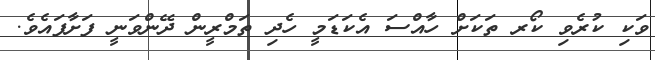
ވަކި ކުރެވި ކޯރ ތަކަށް ހާއްސަ އެކަޑަމީ ހެދި ތަމްރީން ދޭންވަނީ ފަށާފައެވެ.